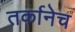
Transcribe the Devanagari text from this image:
तर्कानेच